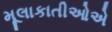
મૂલાકાતીઓએ